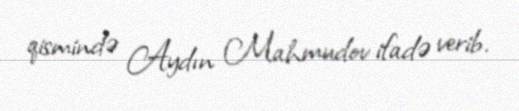
qismində Aydın Mahmudov ifadə verib.